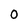
Character: O